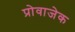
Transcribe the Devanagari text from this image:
प्रोवाजेक